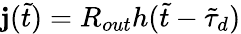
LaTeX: \mathbf{j}(\tilde{{t}})=R_{out}h(\tilde{{t}}-\tilde{{\tau}}_{d})